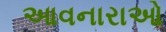
આવનારાઓ